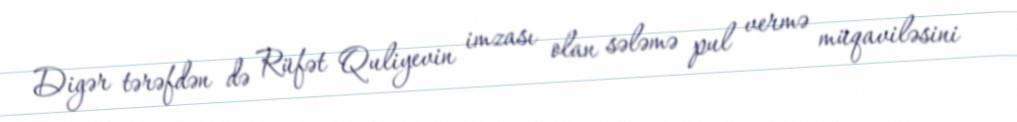
Digər tərəfdən də Rüfət Quliyevin imzası olan sələmə pul vermə müqaviləsini